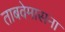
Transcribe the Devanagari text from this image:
ताबवेमासना